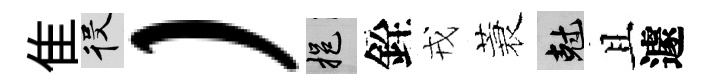
隹役）挹銓戎蓑剋且遽